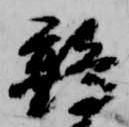
鶉